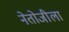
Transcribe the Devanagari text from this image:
नेतोजीला